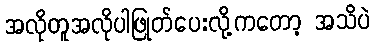
အလိုတူအလိုပါဖြုတ်ပေးလို့ကတော့ အသိပဲ